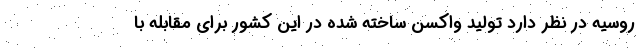
روسیه در نظر دارد تولید واکسن ساخته شده در این کشور برای مقابله با